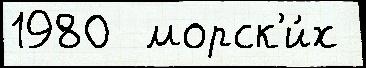
1980  морск'и́х